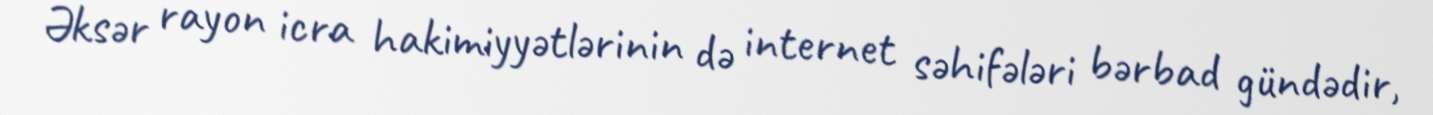
Əksər rayon icra hakimiyyətlərinin də internet səhifələri bərbad gündədir,